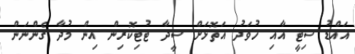
އައްޑު ސިޓީ އާއި ހުވަދު އަތޮޅަށް ސީދާ ޓުޓިކޮރިން އިން މުދާ ގެންނަން